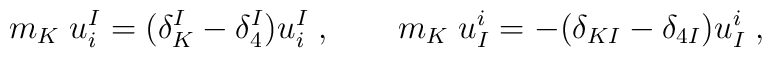
m_K\; u^I_i = (\delta^I_{K}-\delta^I_{4}) u^I_i\;, \qquad m_K\; u^i_I = -(\delta_{KI}-\delta_{4I})  u^i_I\;,